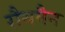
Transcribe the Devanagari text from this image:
रौथमैन